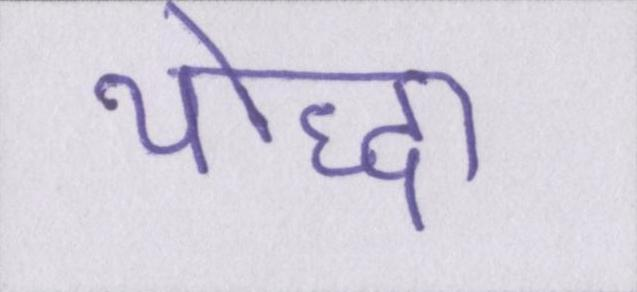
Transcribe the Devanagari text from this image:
योद्धा